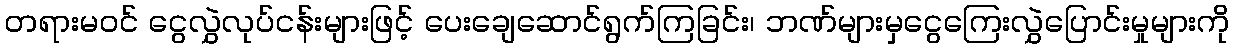
တရားမဝင် ငွေလွှဲလုပ်ငန်းများဖြင့် ပေးချေဆောင်ရွက်ကြခြင်း၊ ဘဏ်များမှငွေကြေးလွှဲပြောင်းမှုများကို